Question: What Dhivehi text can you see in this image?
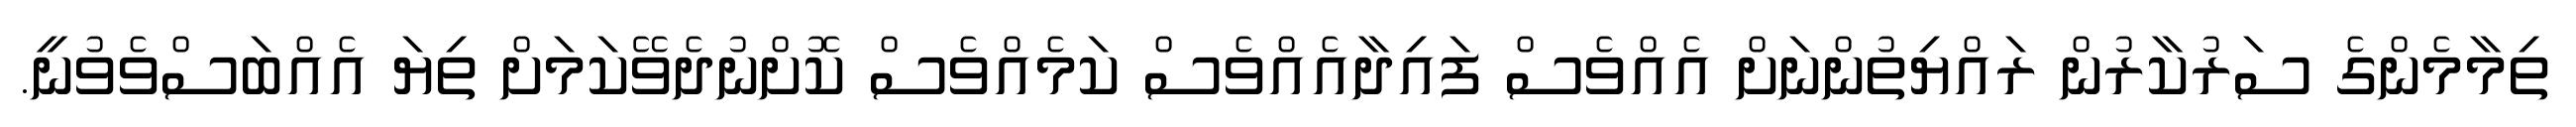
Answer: ތިމާމެންގެ ސަރުކާރުން ރައްޔިތުންނަށް އެއްވެސް ފައިދާއެއްވެސް ކަމެއްވެސް ކޮށްނުދެވޭކަމަށް ތިޔަ އެއްބަސްވެވުނީ.